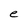
Character: e